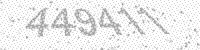
Solution: 449411